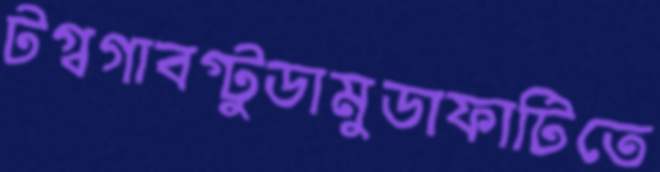
টগ্‌বগাবগ্‌টুডামুডাফাটিতে